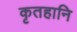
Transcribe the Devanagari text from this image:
कृतहानि